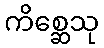
ကိစ္ဆေသု